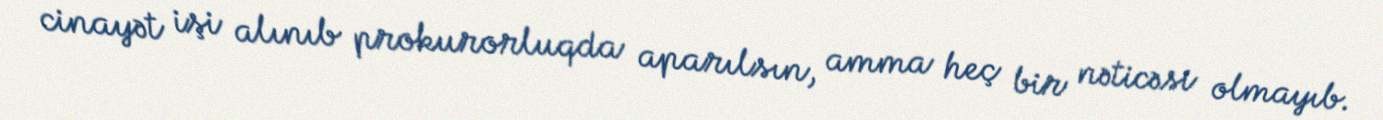
cinayət işi alınıb prokurorluqda aparılsın, amma heç bir nəticəsi olmayıb.